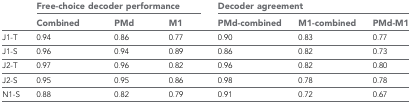
<table><thead><tr><td rowspan="2"></td><td colspan="3"><b>Free-choice decoder performance</b></td><td colspan="3"><b>Decoder agreement</b></td></tr><tr><td><b>Combined</b></td><td><b>PMd</b></td><td><b>M1</b></td><td><b>PMd-combined</b></td><td><b>M1-combined</b></td><td><b>PMd-M1</b></td></tr></thead><tbody><tr><td>J1-T</td><td>0.94</td><td>0.86</td><td>0.77</td><td>0.90</td><td>0.83</td><td>0.77</td></tr><tr><td>J1-S</td><td>0.96</td><td>0.94</td><td>0.89</td><td>0.86</td><td>0.82</td><td>0.73</td></tr><tr><td>J2-T</td><td>0.97</td><td>0.96</td><td>0.82</td><td>0.96</td><td>0.82</td><td>0.80</td></tr><tr><td>J2-S</td><td>0.95</td><td>0.95</td><td>0.86</td><td>0.98</td><td>0.78</td><td>0.78</td></tr><tr><td>N1-S</td><td>0.88</td><td>0.82</td><td>0.79</td><td>0.91</td><td>0.72</td><td>0.67</td></tr></tbody></table>